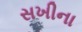
સખીના